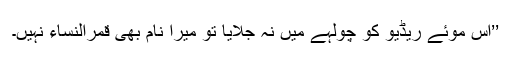
’’اس موئے ریڈیو کو چولہے میں نہ جلایا تو میرا نام بھی قمرالنساء نہیں۔